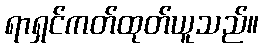
ရာရှင်ကတ်ထုတ်ယူသည်။